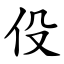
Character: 伇